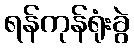
ရန်ကုန်ရုံးခွဲ